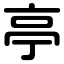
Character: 亭